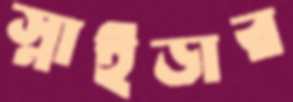
স্নাইডার